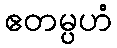
ဧတမ္ပဟံ